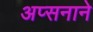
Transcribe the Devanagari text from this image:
अप्सनाने